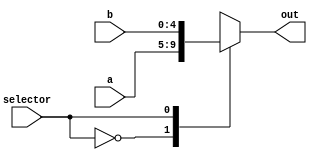
module Mux5bit( input [4:0] a,
            input [4:0] b,
            input selector,
            output reg [4:0] out
   );

   always @ (a or b or selector) 
   begin
      case (selector)
         1'b0 : out <= a;
         1'b1 : out <= b;
      endcase
   end
   
endmodule